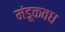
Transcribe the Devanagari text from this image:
मंडूकवध